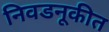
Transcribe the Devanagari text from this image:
निवडनूकीत